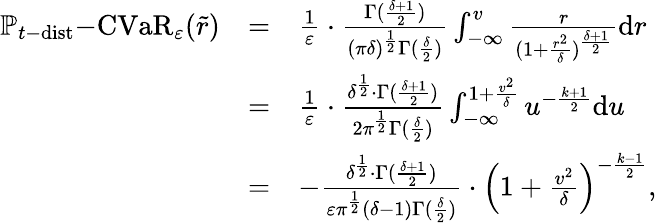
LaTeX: \begin{array}{rcl}{\mathbb{P}_{t\mathrm{-}\mathrm{dist}}\mathrm{-}\mathrm{CVaR}_{\varepsilon}(\tilde{r})}&{=}&{\frac{1}{\varepsilon}\cdot\frac{\Gamma(\frac{\delta+1}{2})}{(\pi\delta)^{\frac{1}{2}}\Gamma(\frac{\delta}{2})}\int_{-\infty}^{v}\frac{r}{(1+\frac{r^{2}}{\delta})^{\frac{\delta+1}{2}}}\mathrm{d}r}\\ &{=}&{\frac{1}{\varepsilon}\cdot\frac{\delta^{\frac{1}{2}}\cdot\Gamma(\frac{\delta+1}{2})}{2\pi^{\frac{1}{2}}\Gamma(\frac{\delta}{2})}\int_{-\infty}^{1+\frac{v^{2}}{\delta}}u^{-\frac{k+1}{2}}\mathrm{d}u}\\ &{=}&{-\frac{\delta^{\frac{1}{2}}\cdot\Gamma(\frac{\delta+1}{2})}{\varepsilon\pi^{\frac{1}{2}}(\delta-1)\Gamma(\frac{\delta}{2})}\cdot\left(1+\frac{v^{2}}{\delta}\right)^{-\frac{k-1}{2}},}\end{array}